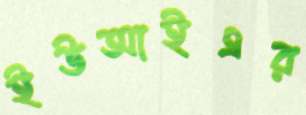
ইউআইএর